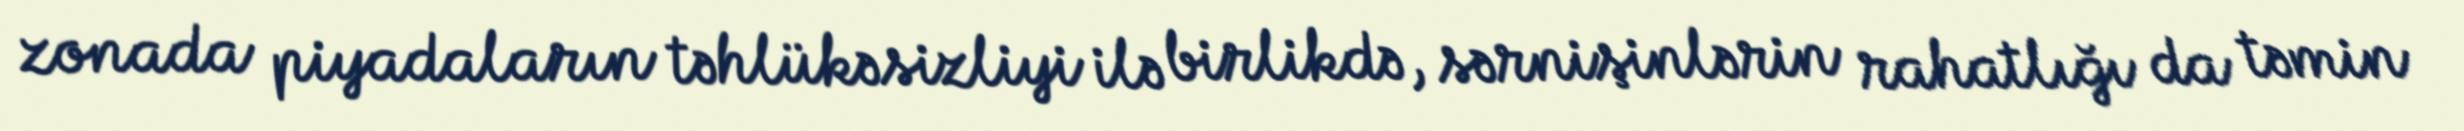
zonada piyadaların təhlükəsizliyi ilə birlikdə, sərnişinlərin rahatlığı da təmin